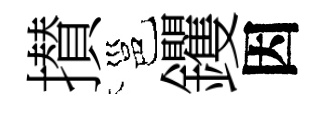
攅邕钁因